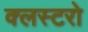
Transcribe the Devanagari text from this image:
क्लस्टरो